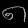
Digit: ၈